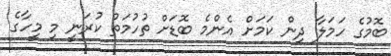
ބޮމުގެ ހަމަލާ ދިން ކަމަށް އެންމެ ބޮޑަށް ތުހުމަތު ކުރަނީ މި މީހާގެ